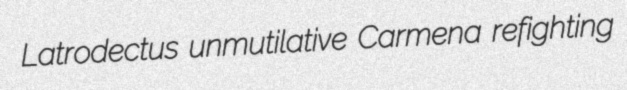
Latrodectus unmutilative Carmena refighting